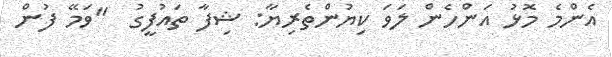
އެންމެ މޮޅު އަންހެން ލަވަ ކިޔުންތެރިޔާ: ޝިފާ ތައުފީގު  "ވަމޭ ފުން